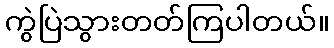
ကွဲပြဲသွားတတ်ကြပါတယ်။